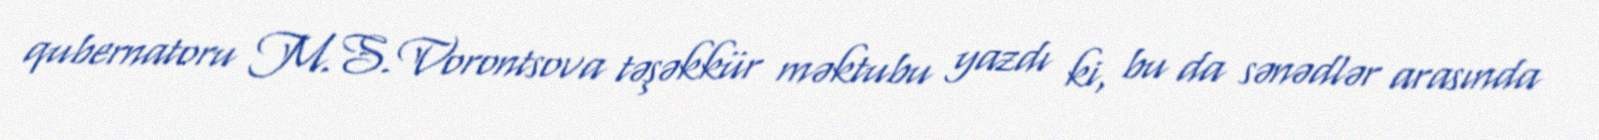
qubernatoru M.S.Vorontsova təşəkkür məktubu yazdı ki, bu da sənədlər arasında